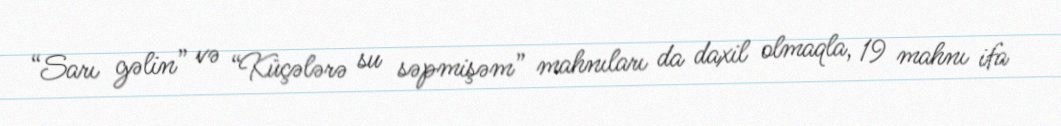
“Sarı gəlin” və “Küçələrə su səpmişəm” mahnıları da daxil olmaqla, 19 mahnı ifa